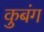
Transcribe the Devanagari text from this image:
कुबंग